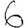
Digit: 6